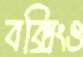
বক্সিংও